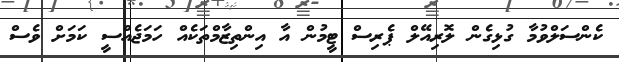
ކެންސަލްވުމާ ގުޅިގެން ލޮރިއޭލް ޕެރިސް ޓީމުން އާ އިންތިޒާމްތަކެއް ހަމަޖެއްސީ ކަމަށް ވެސް